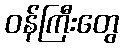
ဝန်ကြီးတွေ